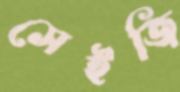
সেইজি